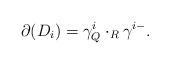
LaTeX: \begin{align*}\partial(D_i)= \gamma_Q^i \cdot _R\gamma^{i-}.\end{align*}